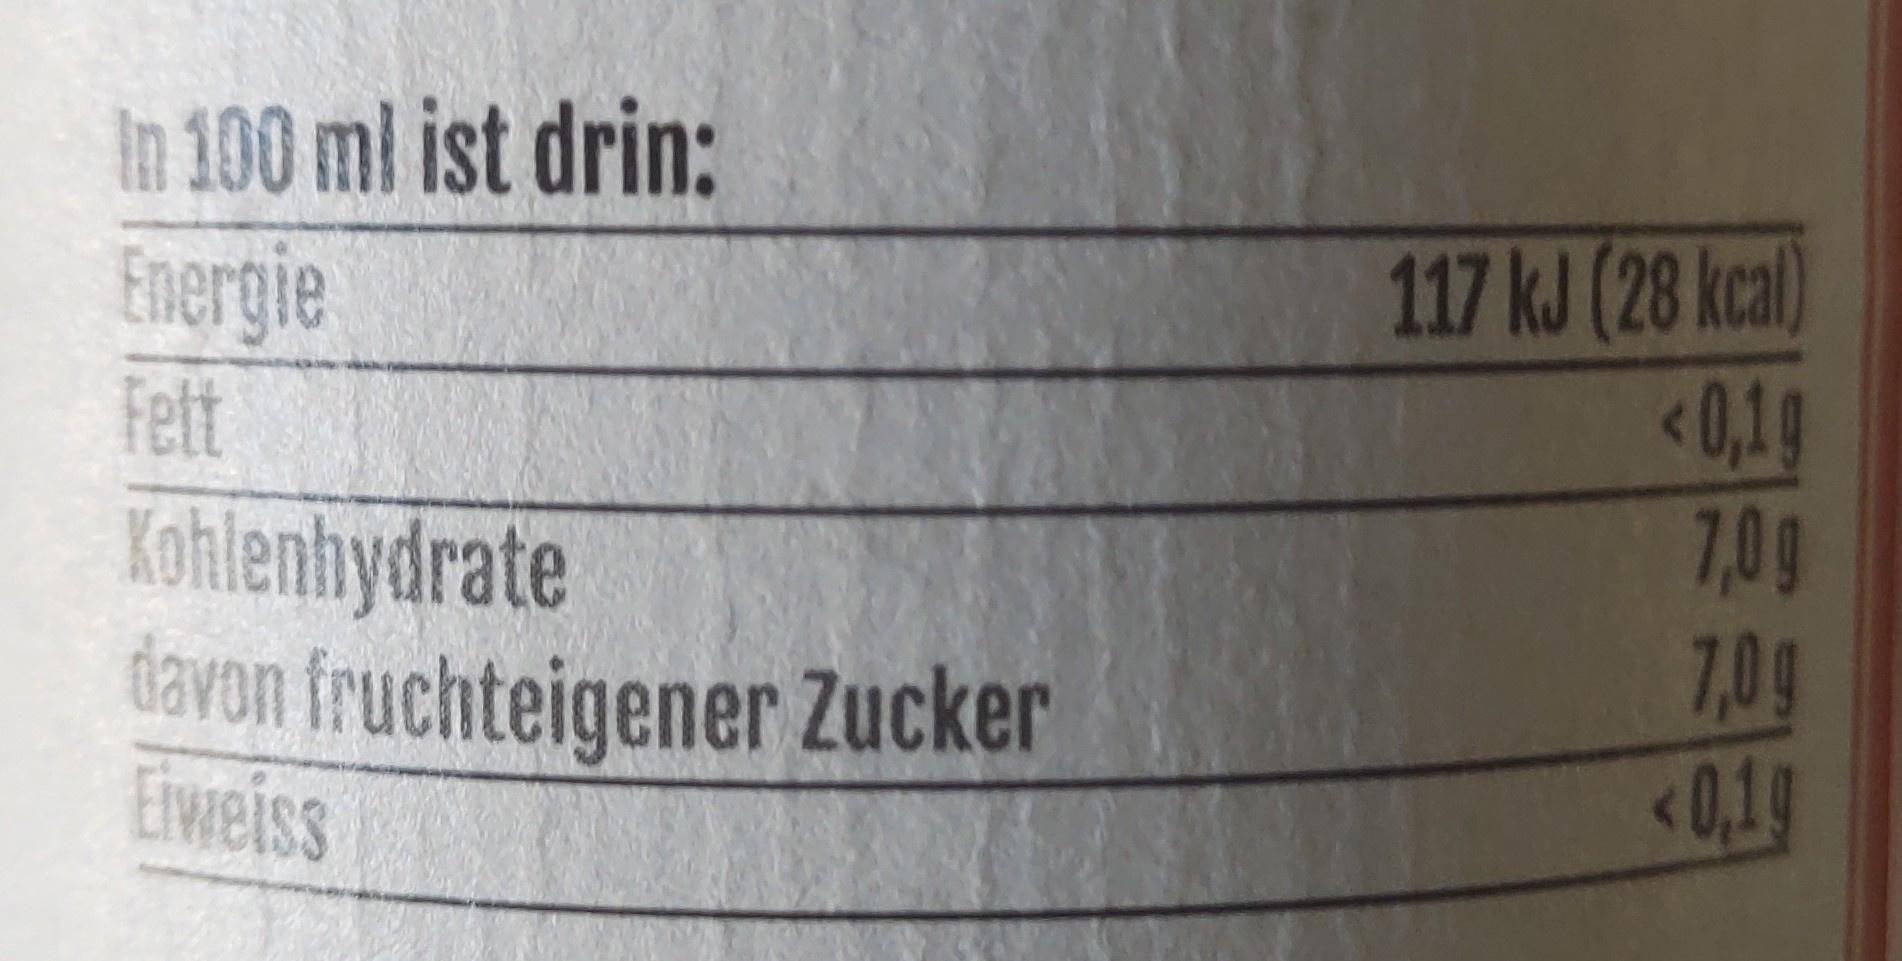
In 100 ml ist drin: Energie
117 kJ (28 kcal) <0,19 7,0g 7,0g <0.19
Fett
Kohlenhydrate davon fruchteigener Zucker Eiwreiss